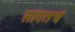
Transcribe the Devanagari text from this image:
सांगतच